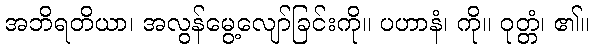
အဘိရတိယာ၊ အလွန်မွေ့လျော်ခြင်းကို။ ပဟာနံ၊ ကို။ ဝုတ္တံ၊ ၏။